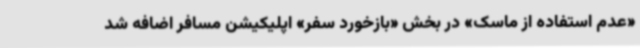
«عدم استفاده از ماسک» در بخش «بازخورد سفر» اپلیکیشن مسافر اضافه شد